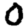
Digit: 0